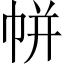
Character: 帡